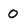
Character: 0